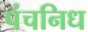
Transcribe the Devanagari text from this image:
पंचनिध